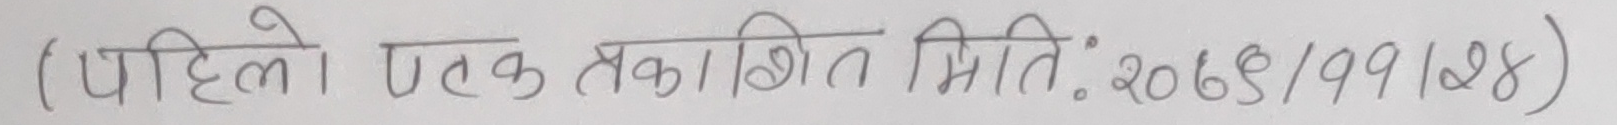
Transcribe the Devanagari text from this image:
(पहिलो पटक प्रकाशित मिति: 2068/99/28)